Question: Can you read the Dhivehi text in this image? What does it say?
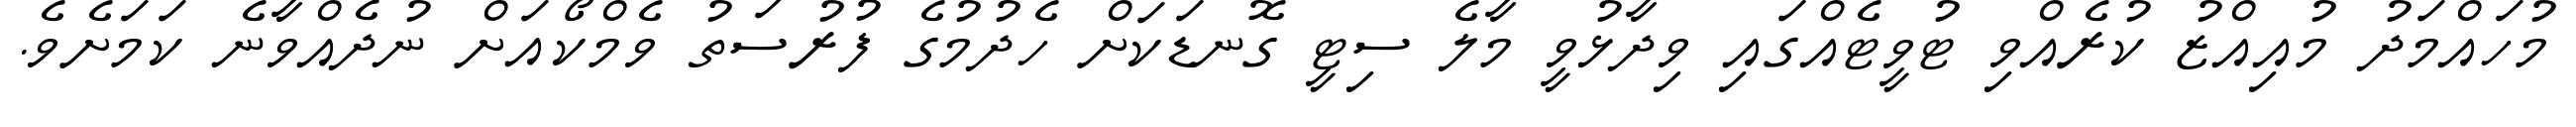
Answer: މުހައްމަދު މުއިއްޒު ކުރެއްވި ޓުވީޓެއްގައި ވިދާޅުވީ މާލެ ސިޓީ ގޮނޑަކަށް ހެދުމުގެ ފުރުސަތު ވެމްކޯއަށް ނުދެއްވާނެ ކަމަށެވެ.